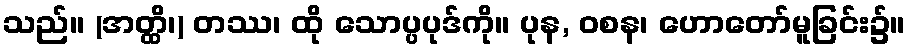
သည်။ (အတ္ထိ၊) တဿ၊ ထို သောပ္ပပုဒ်ကို။ ပုန, ဝစန၊ ဟောတော်မူခြင်း၌။